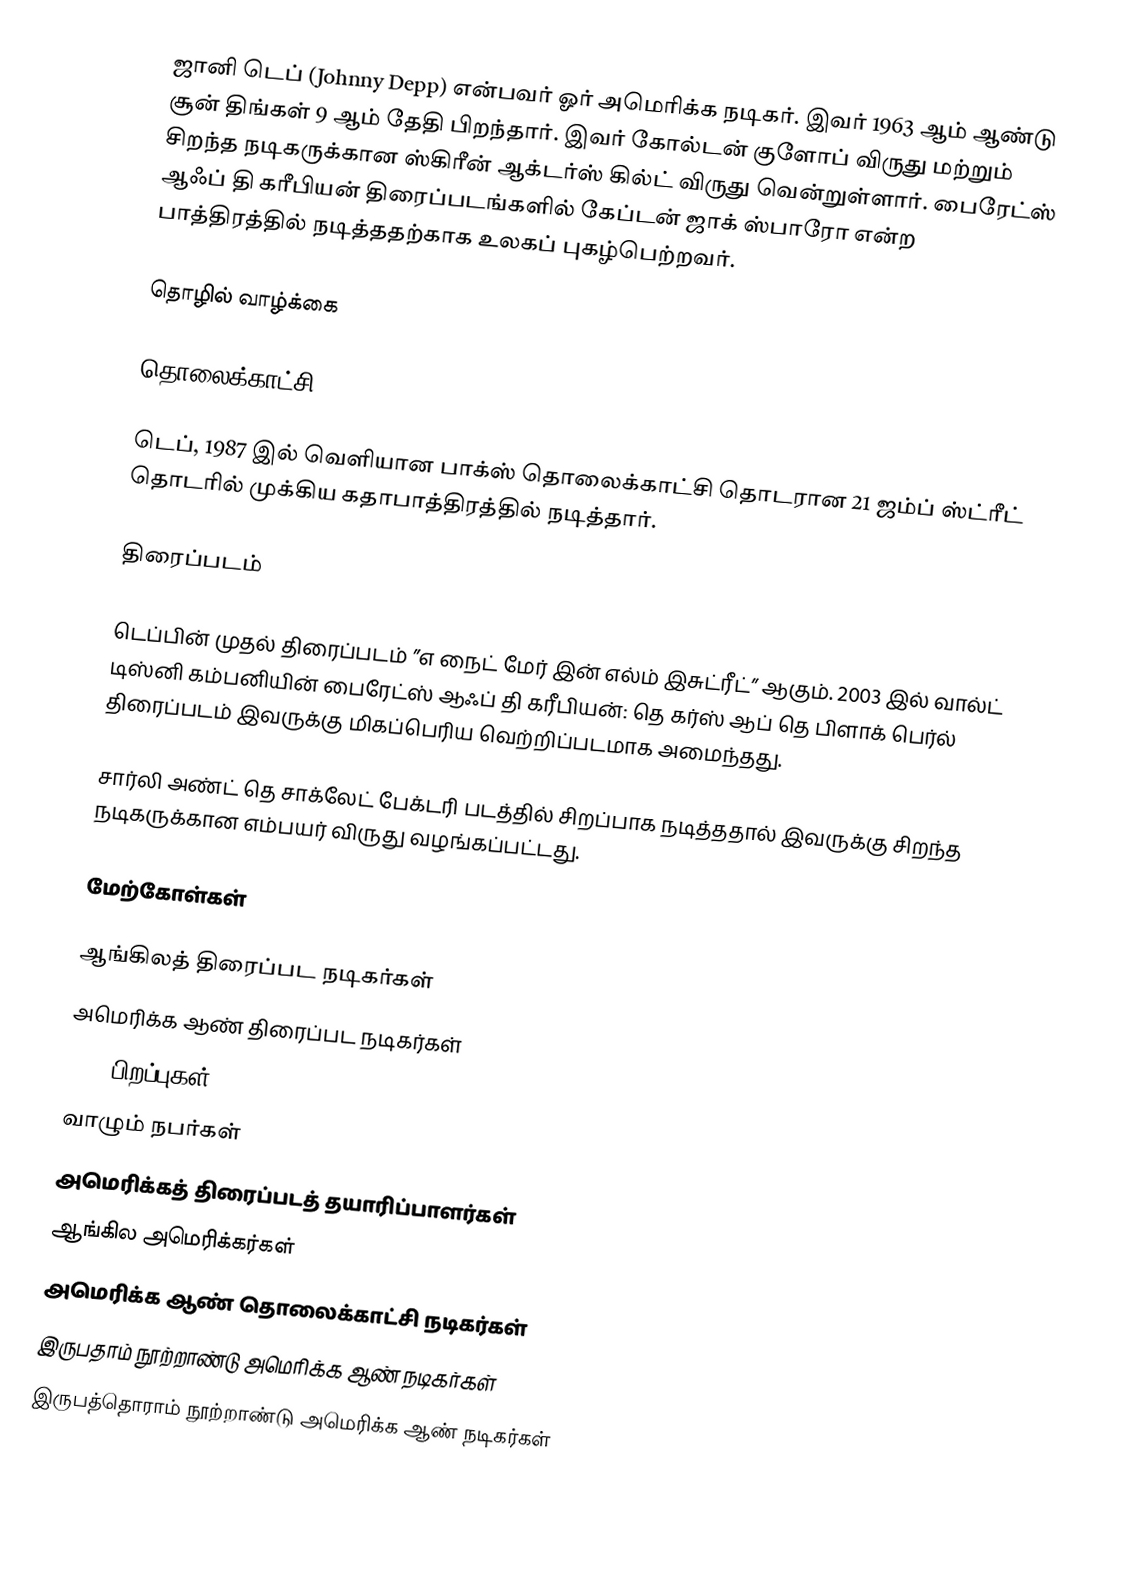
ஜானி டெப் (Johnny Depp) என்பவர் ஓர் அமெரிக்க நடிகர். இவர் 1963 ஆம் ஆண்டு சூன் திங்கள் 9 ஆம் தேதி பிறந்தார். இவர் கோல்டன் குளோப் விருது மற்றும் சிறந்த நடிகருக்கான ஸ்கிரீன் ஆக்டர்ஸ் கில்ட் விருது வென்றுள்ளார். பைரேட்ஸ் ஆஃப் தி கரீபியன் திரைப்படங்களில் கேப்டன் ஜாக் ஸ்பாரோ என்ற பாத்திரத்தில் நடித்ததற்காக உலகப் புகழ்பெற்றவர்.

தொழில் வாழ்க்கை

தொலைக்காட்சி

டெப், 1987 இல் வெளியான பாக்ஸ் தொலைக்காட்சி தொடரான 21 ஜம்ப் ஸ்ட்ரீட் தொடரில் முக்கிய கதாபாத்திரத்தில் நடித்தார்.

திரைப்படம்

டெப்பின் முதல் திரைப்படம் ”எ நைட் மேர் இன் எல்ம் இசுட்ரீட்” ஆகும். 2003 இல் வால்ட் டிஸ்னி கம்பனியின் பைரேட்ஸ் ஆஃப் தி கரீபியன்: தெ கர்ஸ் ஆப் தெ பிளாக் பெர்ல் திரைப்படம் இவருக்கு மிகப்பெரிய வெற்றிப்படமாக அமைந்தது.

சார்லி அண்ட் தெ சாக்லேட் பேக்டரி படத்தில் சிறப்பாக நடித்ததால் இவருக்கு சிறந்த நடிகருக்கான எம்பயர் விருது வழங்கப்பட்டது.

மேற்கோள்கள்

ஆங்கிலத் திரைப்பட நடிகர்கள்
அமெரிக்க ஆண் திரைப்பட நடிகர்கள்
1963 பிறப்புகள்
வாழும் நபர்கள்
அமெரிக்கத் திரைப்படத் தயாரிப்பாளர்கள்
ஆங்கில அமெரிக்கர்கள்
அமெரிக்க ஆண் தொலைக்காட்சி நடிகர்கள்
இருபதாம் நூற்றாண்டு அமெரிக்க ஆண் நடிகர்கள்
இருபத்தொராம் நூற்றாண்டு அமெரிக்க ஆண் நடிகர்கள்